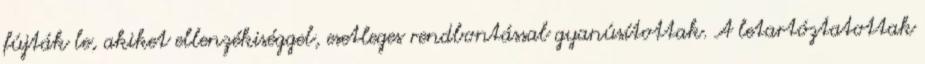
fújták le, akiket ellenzékiséggel, esetleges rendbontással gyanúsítottak. A letartóztatottak